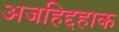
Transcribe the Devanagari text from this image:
अजहिद्दहाक